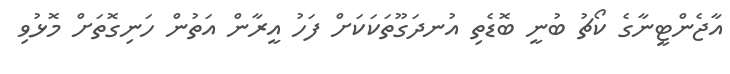
އާޖެންޓީނާގެ ކޯޗު ބުނީ ބޮޑެތި އުނދަގޫތަކަކަށް ފަހު އީރާން އަތުން ހަނިގޮތަށް މޮޅުވި